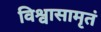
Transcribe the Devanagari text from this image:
विश्वासामृतं